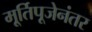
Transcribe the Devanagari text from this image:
मू्र्तिपूजेनंतर